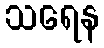
သရေန